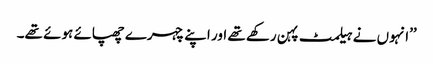
’’انہوں نے ہیلمٹ پہن رکھے تھے اور اپنے چہرے چھپائے ہوئے تھے۔